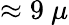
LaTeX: \approx 9~\mu